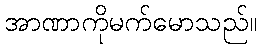
အာဏာကိုမက်မောသည်။